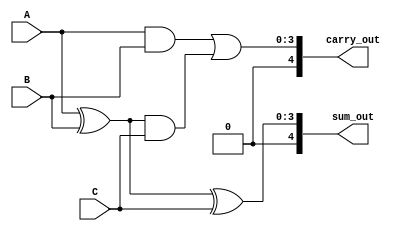
module carry_save_adder (
    input [3:0] A,
    input [3:0] B,
    input [3:0] C,
    output [4:0] sum_out,  // 5 bits to accommodate carry
    output [4:0] carry_out  // 5 bits to accommodate carry
);

    wire [3:0] sum1, sum2, carry1, carry2;

    // Full Adder for A and B
    assign sum1 = A ^ B; // Sum bits
    assign carry1 = A & B; // Carry bits

    // Full Adder for sum1 and C
    assign sum2 = sum1 ^ C; // Sum bits
    assign carry2 = sum1 & C; // Carry bits

    // Final carry output
    assign carry_out = carry1 | carry2; // Combine carry bits

    // Final sum output
    assign sum_out = sum2; // Sum output from CSA

endmodule